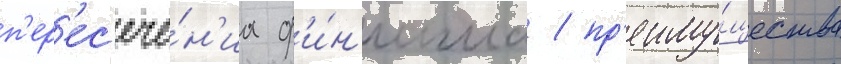
п'ер'ес'ече́н'иа ф'и́н'иша / пр'еиму́щества